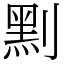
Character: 䵞